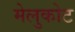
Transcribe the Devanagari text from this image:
मेलुकोट